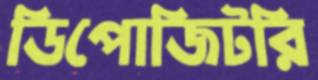
ডিপোজিটরি